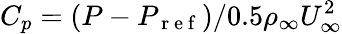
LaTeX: C_{p}=(P-P_{\mathrm{~r~e~f~}})/0.5\rho_{\infty}U_{\infty}^{2}